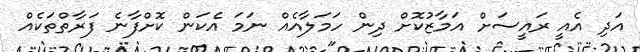
އަދި އެއީ ރައީސަށް އަމާޒުކޮށް ދިން ހަމަލާއެއް ނަމަ އެކަން ކޮށްފާނެ ފަރާތްތަކެއް